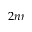
2 n r